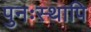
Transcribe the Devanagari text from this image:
पुनःस्थापि